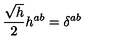
\frac { \sqrt { h } } { 2 } h ^ { a b } = \delta ^ { a b }